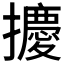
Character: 𪮿